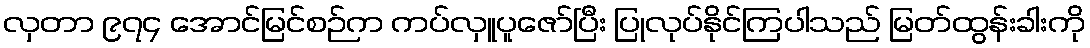
လှတာ ၉၇၄ အောင်မြင်စဉ်က ကပ်လှူပူဇော်ပြီး ပြုလုပ်နိုင်ကြပါသည် မြတ်ထွန်းခါးကို